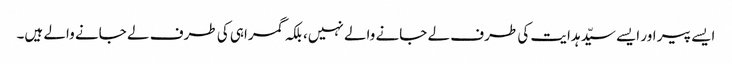
ایسے پیر اور ایسے سیّد ہدایت کی طرف لے جانے والے نہیں، بلکہ گمراہی کی طرف لے جانے والے ہیں۔